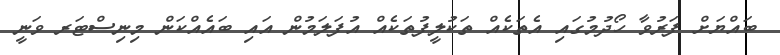
ބައްޔަށް ފަރުވާ ހޯދުމުގައި އެތަކެއް ތަކުލީފުތަކެއް އުފަލަމުން އައި ބައެއްކަން މިނިސްޓަރ ވަނީ